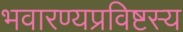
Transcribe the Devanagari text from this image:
भवारण्यप्रविष्टस्य